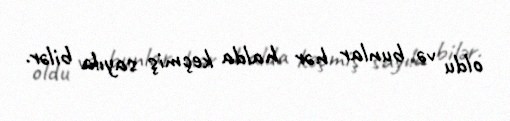
oldu və bunlar hər halda keçmiş sayıla bilər.